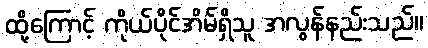
ထို့ကြောင့် ကိုယ်ပိုင်အိမ်ရှိသူ အလွန်နည်းသည်။